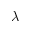
\lambda